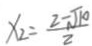
x _ { 2 } = \frac { 2 - \sqrt { 1 0 } } { 2 }